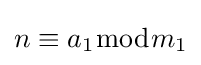
n\equiv a_{1}{\bmod {m}}_{1}